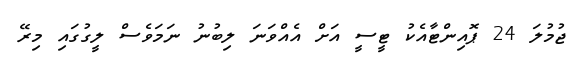
ޖުމުލަ 24 ޕޮއިންޓާއެކު ޓީސީ އަށް އެއްވަނަ ލިބުނު ނަމަވެސް ލީގުގައި މިރޭ